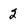
Character: 2